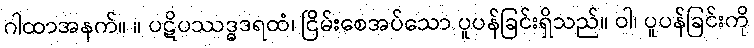
ဂါထာအနက်။ ။ ပဋိပဿဒ္ဓဒရထံ၊ ငြိမ်းစေအပ်သော ပူပန်ခြင်းရှိသည်။ ဝါ၊ ပူပန်ခြင်းကို